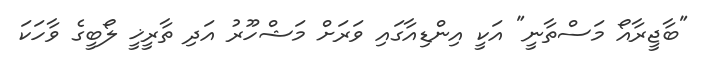
"ބާޖީރާއޯ މަސްތާނީ" އަކީ އިންޑިއާގައި ވަރަށް މަޝްހޫރު އަދި ތާރީޚީ ލޯބީގެ ވާހަކަ